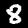
Label: 8